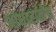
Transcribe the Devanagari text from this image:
आधारानेच